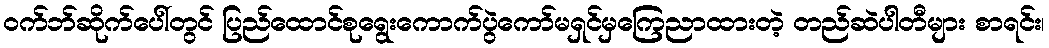
ဝက်ဘ်ဆိုက်ပေါ်တွင် ပြည်ထောင်စုရွေးကောက်ပွဲကော်မရှင်မှကြေညာထားတဲ့ တည်ဆဲပါတီများ စာရင်း၊